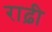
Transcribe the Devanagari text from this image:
राढ़ी